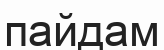
пайдам